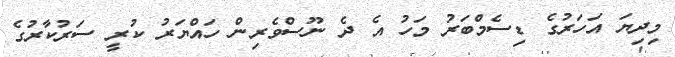
މިދިޔަ އަހަރުގެ ޑިސެމްބަރު މަހު އެ ދެ ނޫސްވެރިން ހައްޔަރު ކުރީ ސަރުކާރުގެ